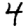
Digit: 4